Bréfritari: Marteinn Jónsson
Dagsetning: A-1899-01-22
Skrifað á: Vesturheimi

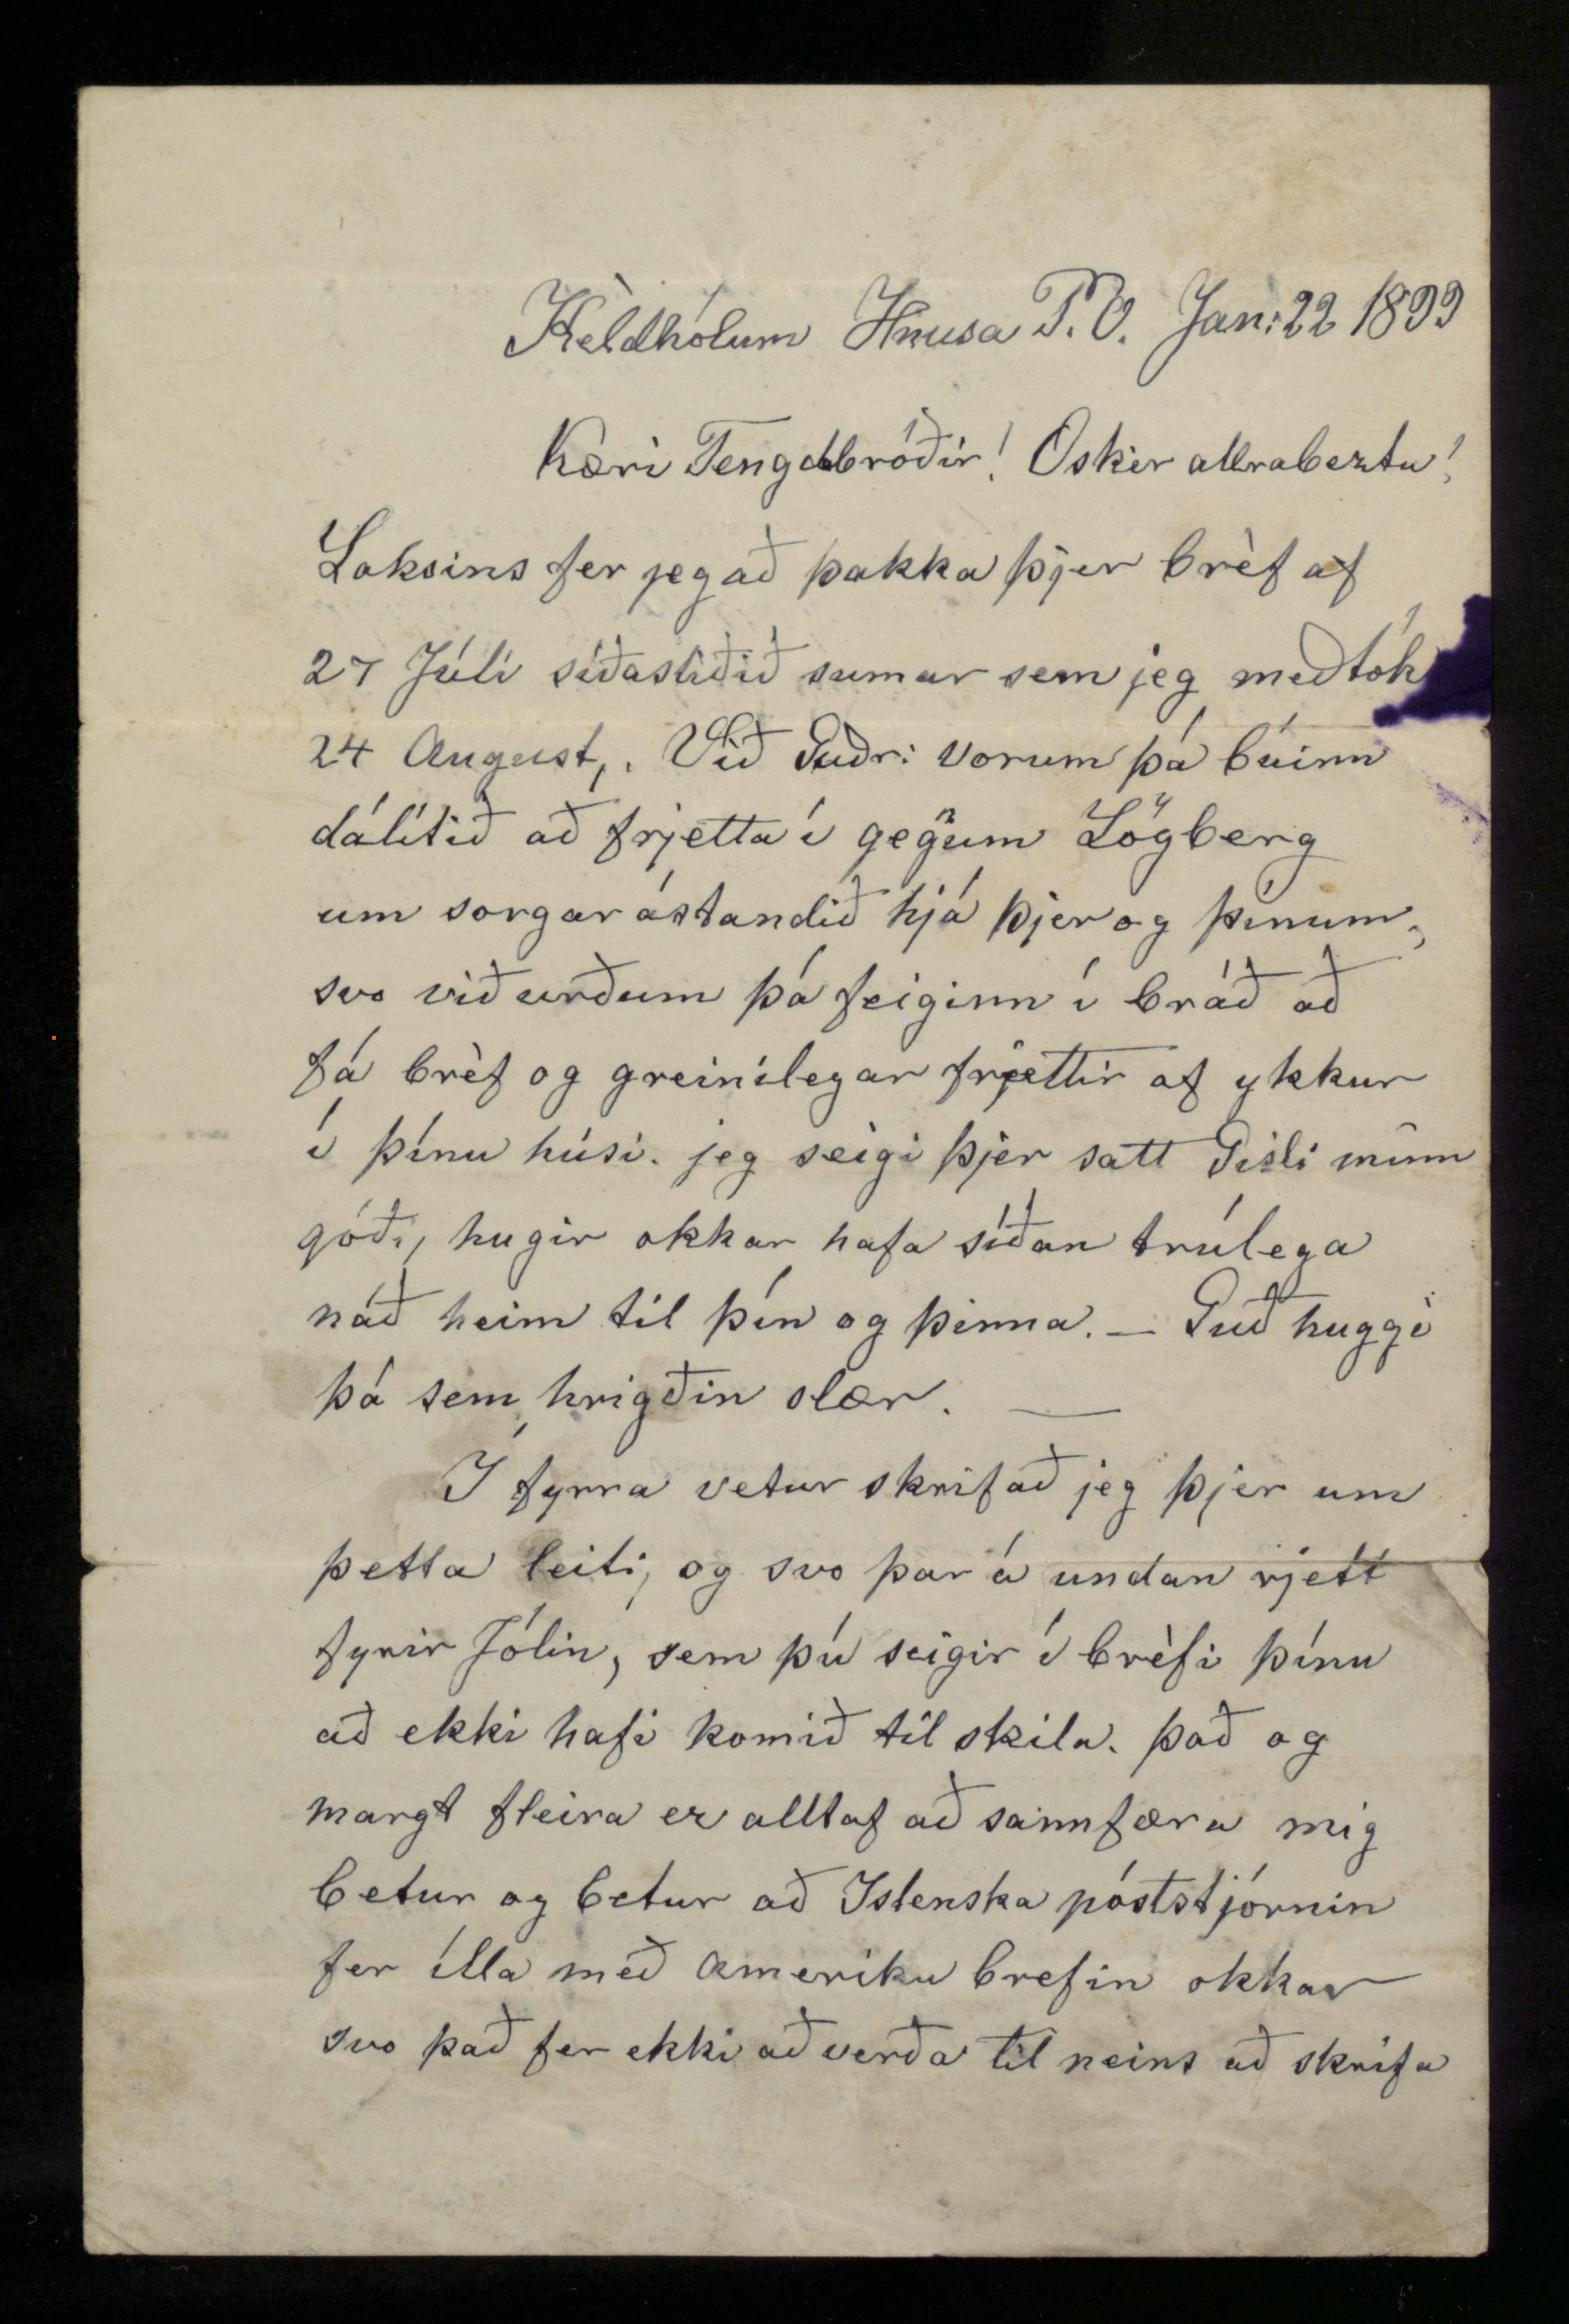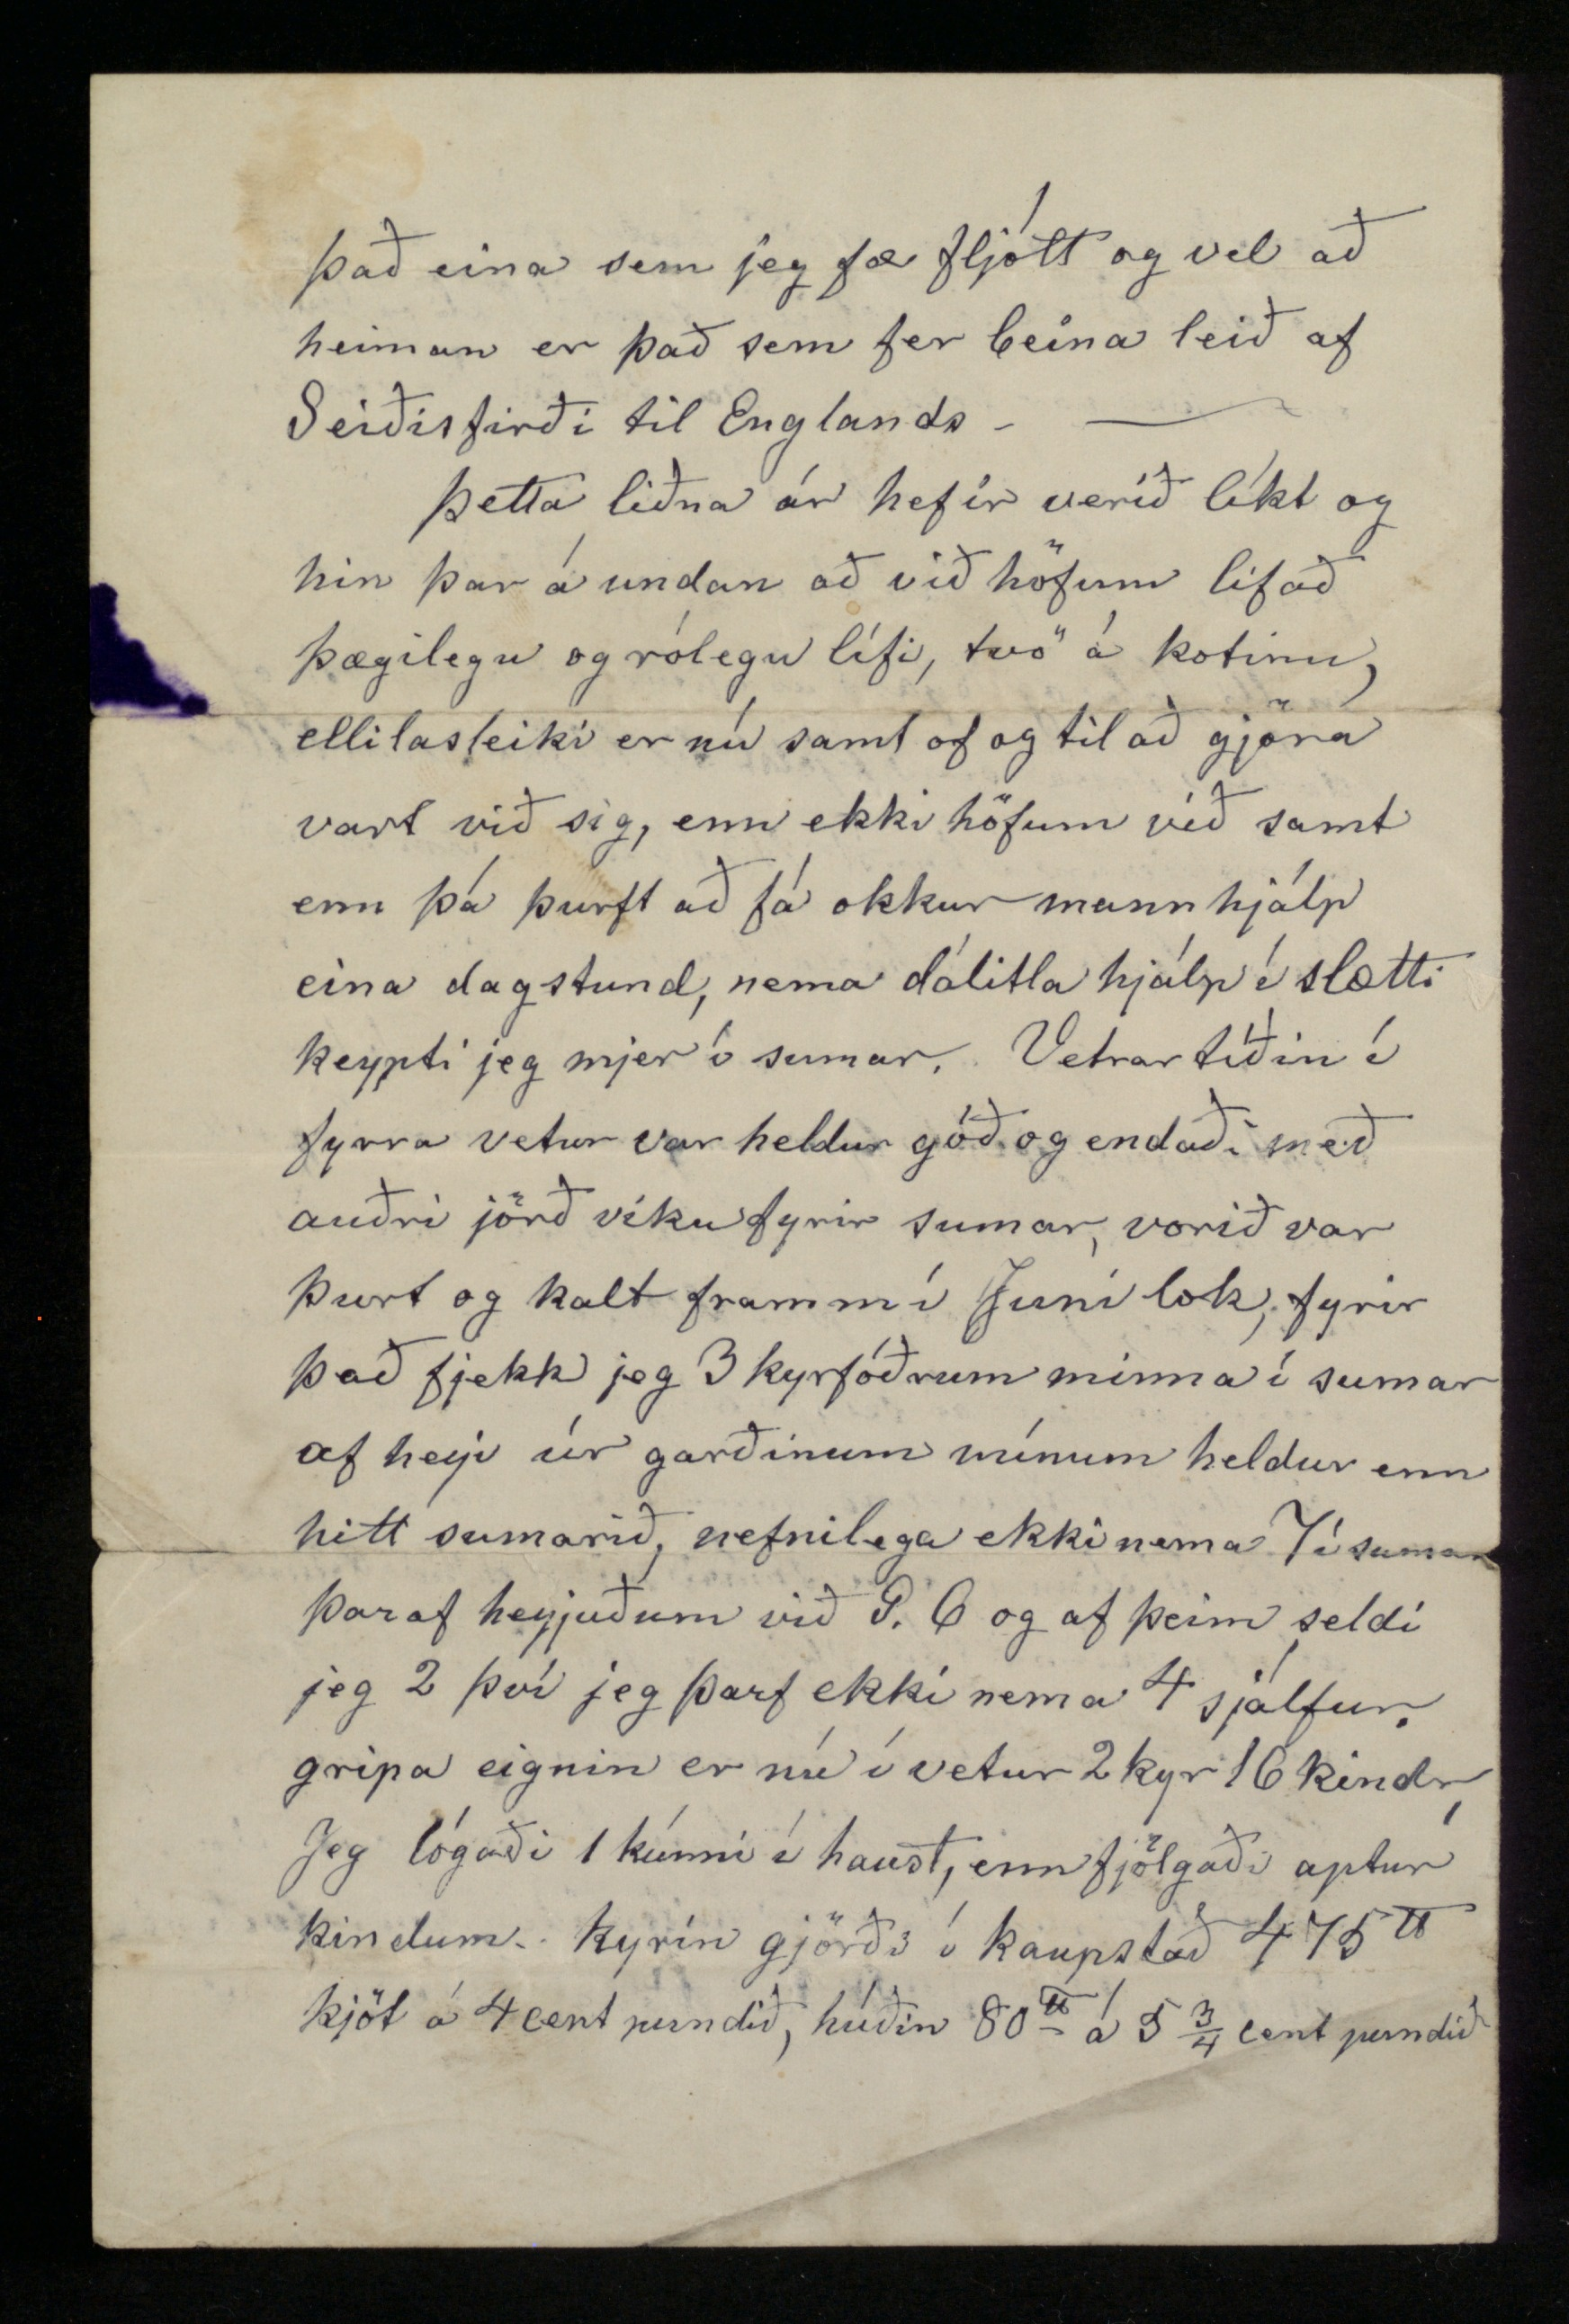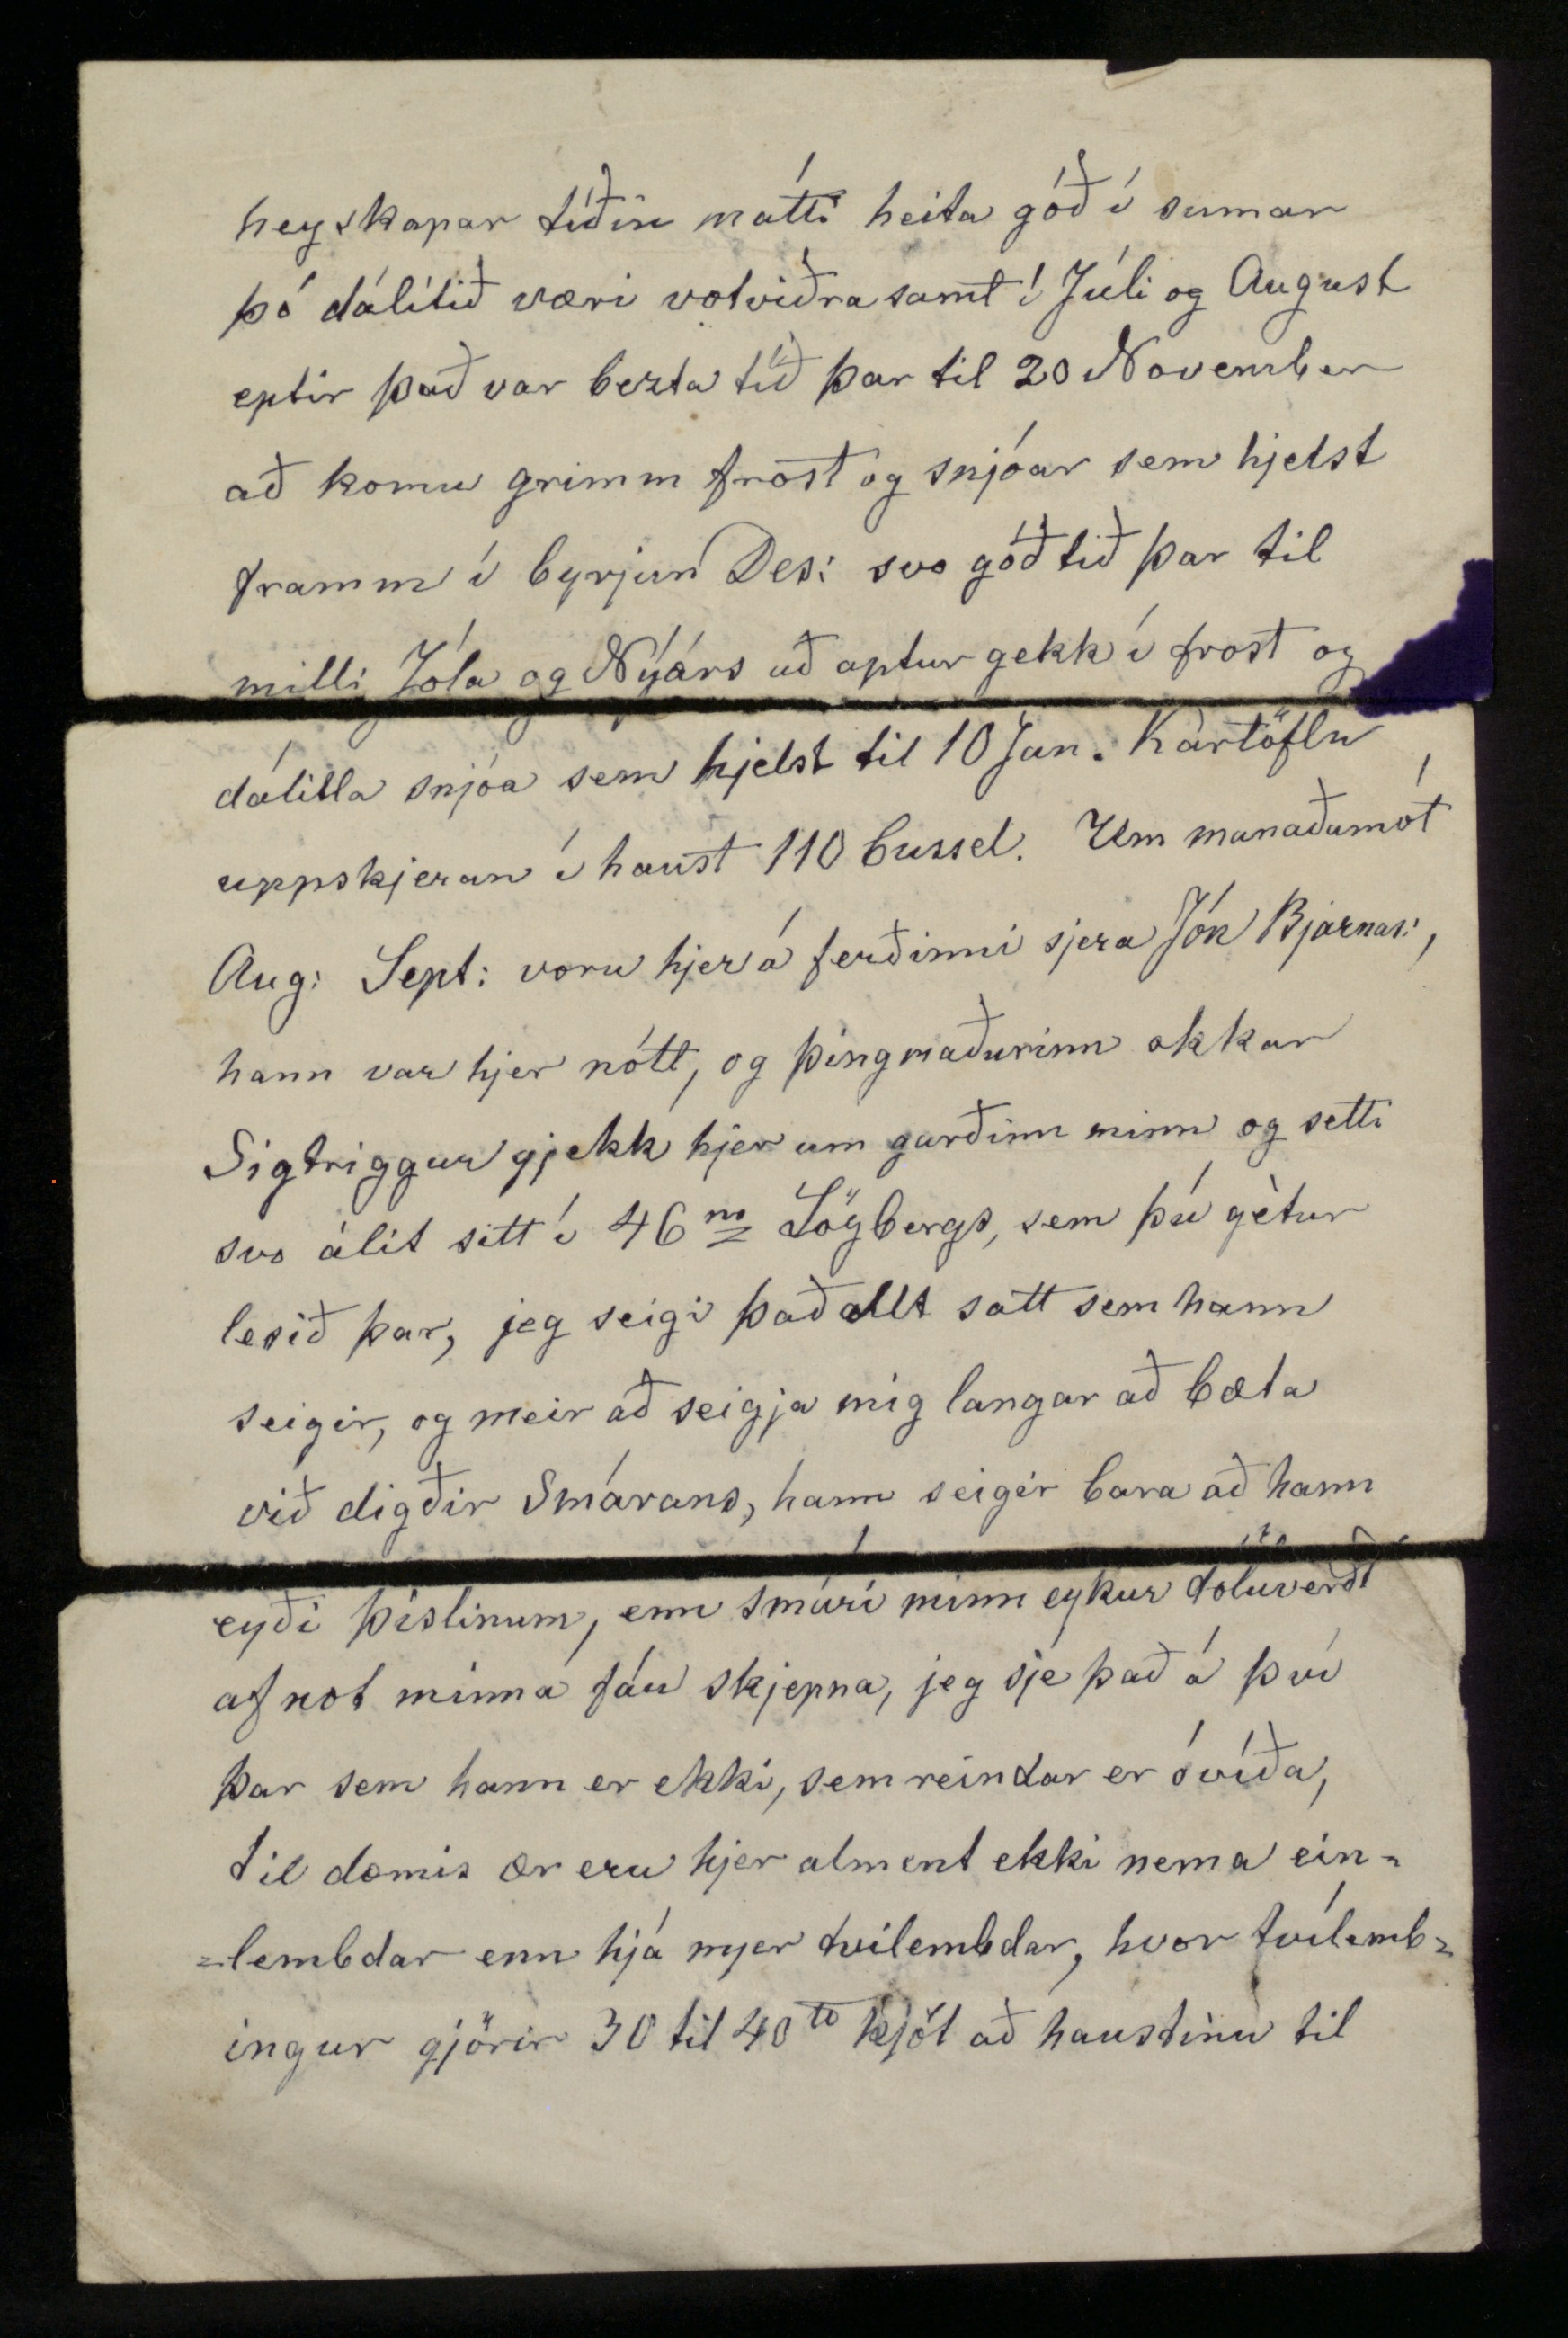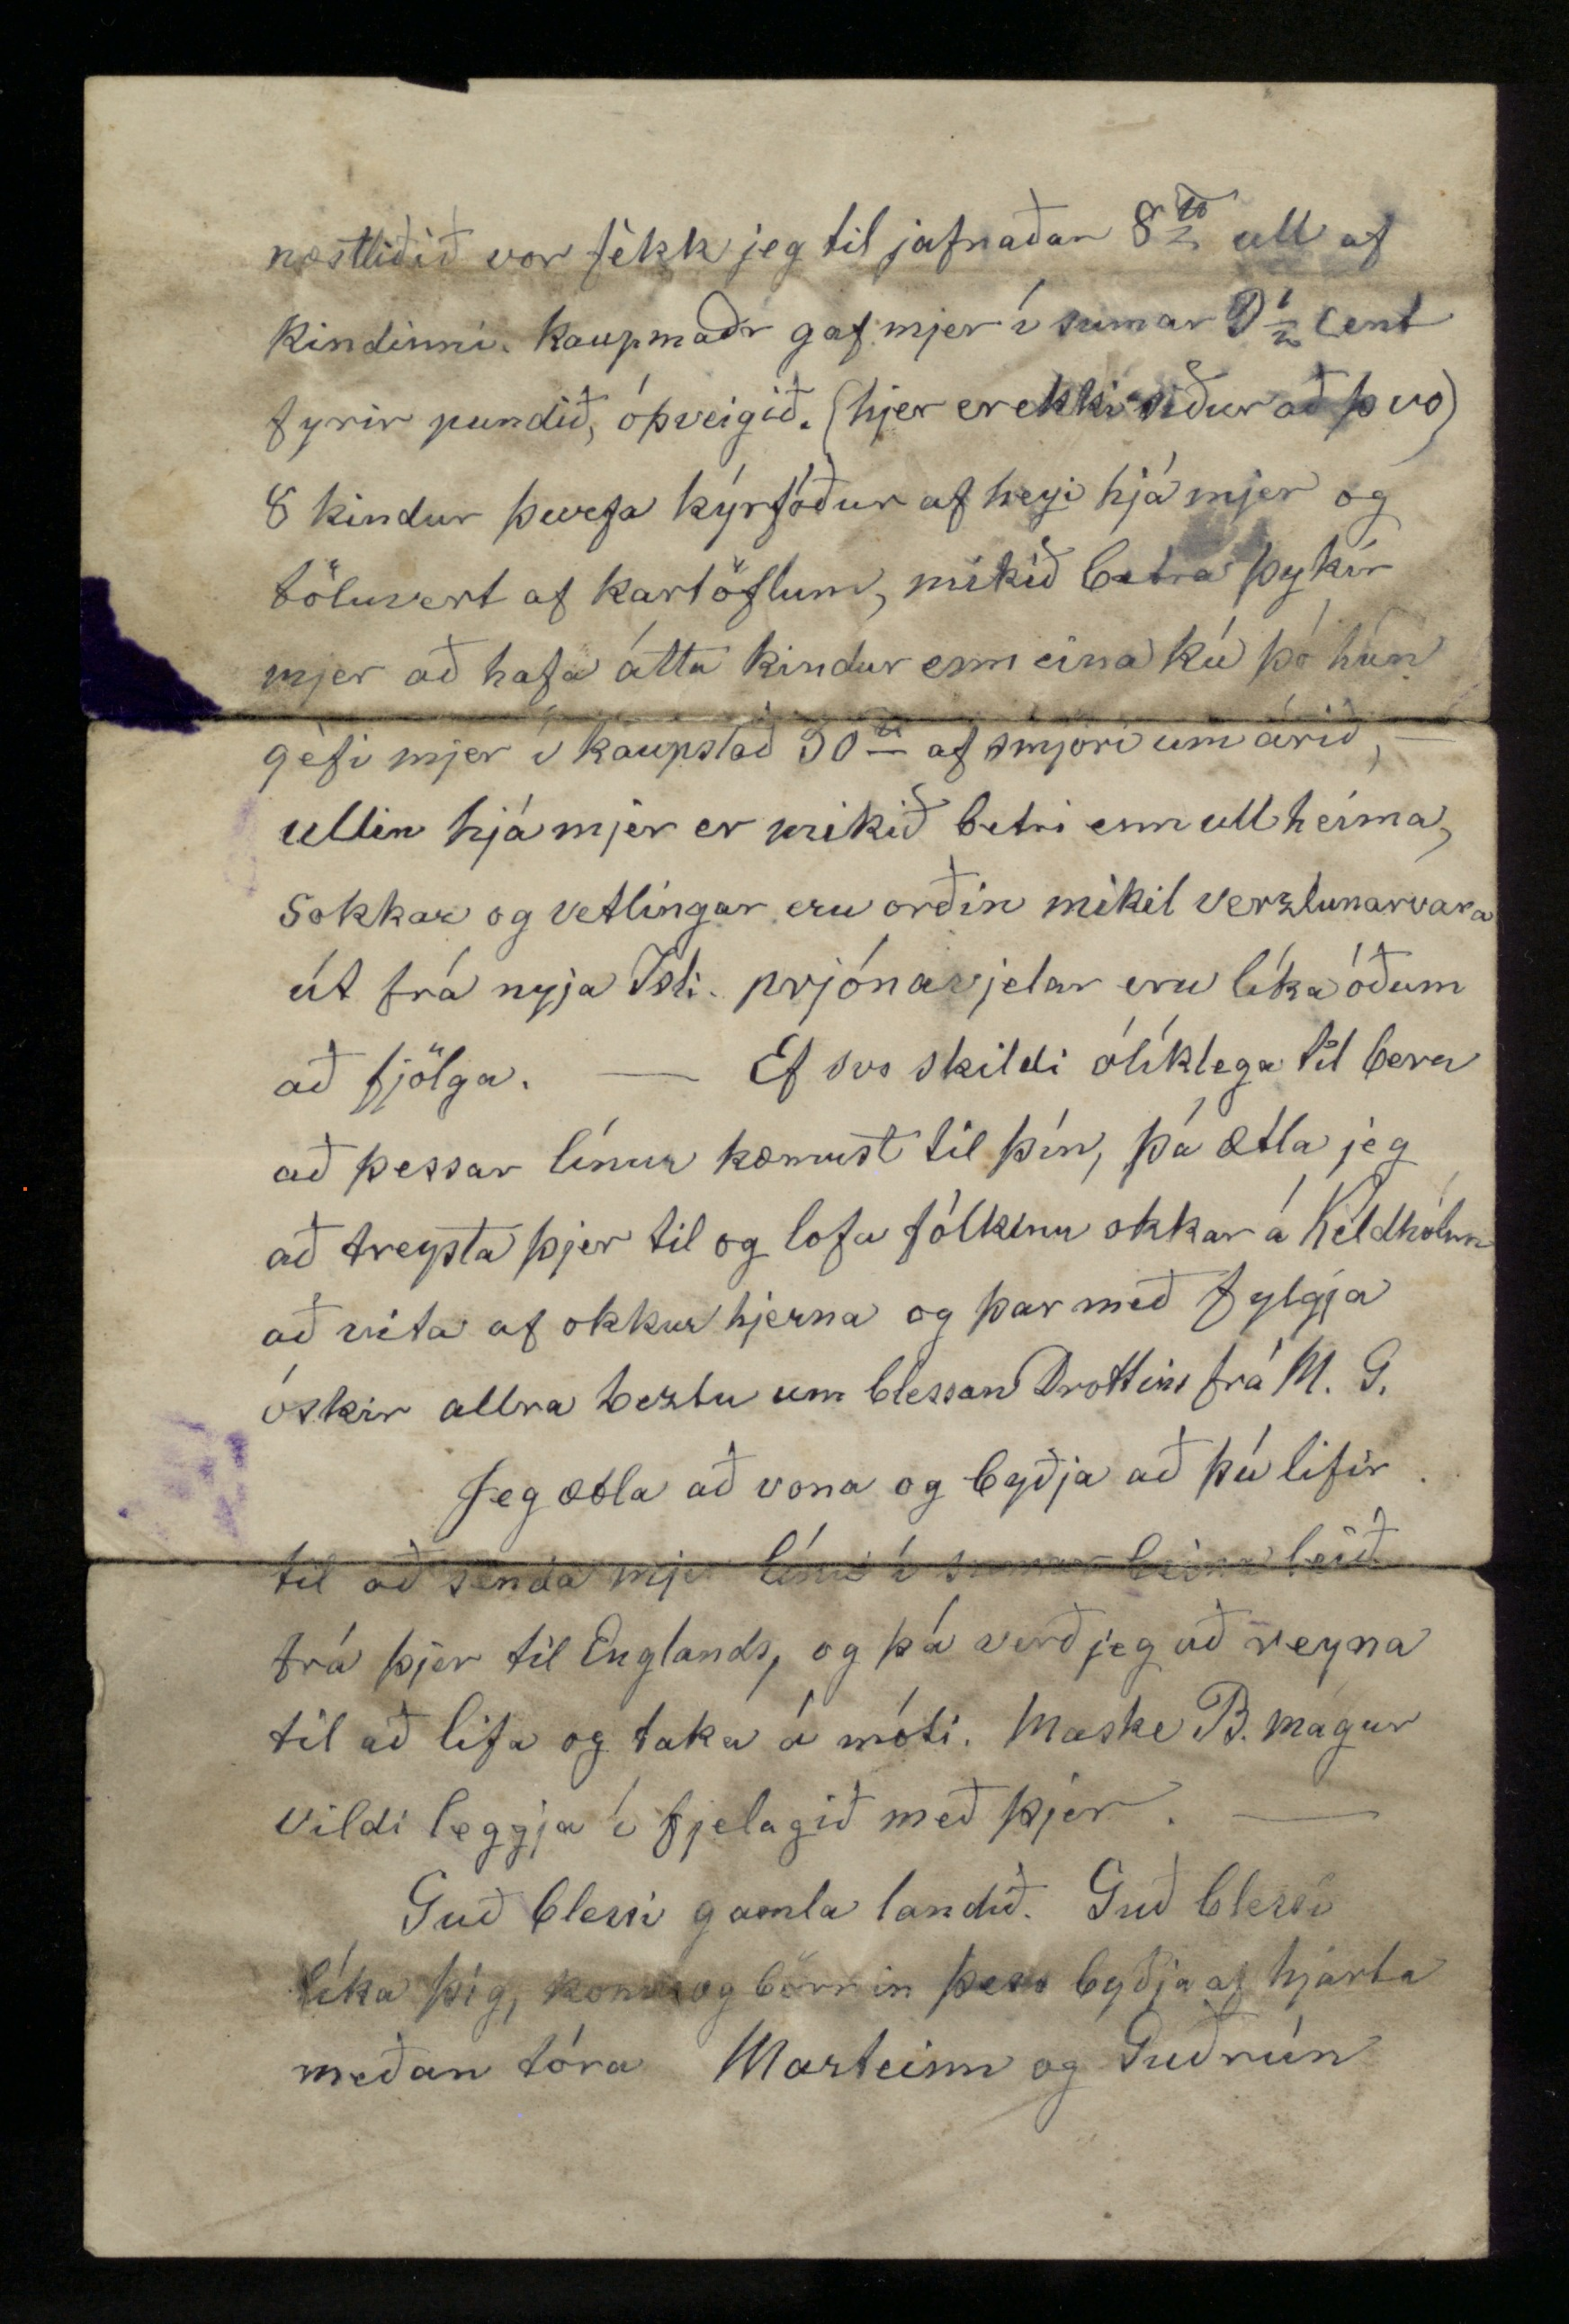

Kéldhólum Hnusa P.O. Jan:22 1899
Kæri Tengdabróðir! Oskir allrabeztu!
Loksins fer jeg að þakka þjer bréf af 27 Júlí síðastliðið sumar sem jeg meðtók 24 August. Við Guðr: vorum þá búinn dálítið að frjetta í gegnum Lögberg um sorgarástandið hjá þjer og þínum, svo við urðum þá feiginn í bráð að fá bréf og greinilegar frjettir af ykkur í þínu húsi. jeg seigi þjer satt Gísli minn góði, hugir okkar hafa síðan trúlega náð heim til þín og þinna. - Guð huggi þá sem hrigðin slær.-
Í fyrra vetur skrifaði jeg þjer um þetta leiti, og svo þar á undan rjett fyrir Jólin, sem þú seigir í bréfi þínu að ekki hafi komið til skila. það og margt fleira er alltaf að sannfæra mig betur og betur að Islenska póststjórnin ef ílla með Ameríku brefin okkar svo það fer ekki að verða til neins að skrifa
það eina sem jeg fæ fljótt og vel að heiman er það sem fer beina leið af Seiðisfirði til Englands.-
Þetta liðna ár hefir verið líkt og hin þar á undan að við höfum lifað þægilegu og rólegu lífi, tvö á kotinu, ellilasleiki er nú samt af og til að gjöra vart við sig, enn ekki höfum við samt enn þá þurft að fá okkur mannhjálp eina dagstund, nema dálitla hjálp í slætti keypti jeg mjer í sumar. Vetrartíðin í fyrra vetur var heldur góð og endaði með auðri jörð viku fyrir sumar, vorið var þurt og kalt framm í Juni lok, fyrir það fjekk jeg 3 kyrfóðrum minna í sumar af heyi úr garðinum mínum heldur enn hitt sumarið, nefnilega ekki nema 7 í sumar þar af heyjuðum við G. 6 og af þeim seldi jeg 2 því jeg þarf ekki nema 4 sjálfu. gripa eignin er nú í vetur 2 kyr 16 kindur, Jeg lógaði 1 kúnni í haust, enn fjölgaði aptur kindum. kyrin gjörði í 475
P
kjöt á 4 cent pundið, húðin 80
P
á 5 3/4 cent pundið
heyskapar tíðin mátti heita góð í sumar þó dálítið væri votviðrasamt í Júlí og August eptir það var bezta tíð þar til 20 November að komu grimm frost og snjóar sem hjelst framm í byrjun Des: svo góð tíð þar til milli Jóla og Nýárs að aptur gekk í frost og dálitla snjóa sem hjelst til 10 Jan. Kartöflu uppskjeran í haust 110 bussel. Um mánaðamót Aug: Sept: voru hjer á ferðinni sjera Jón Bjarnas:, hann var hjer nótt, og þingmaðurinn okkar Sigtriggur gjekk hjer um garðinn minn og setti svo álit sitt í 46
nr
Lögbergs, sem þú gétur lesið þar, jeg seigi það allt satt sem hann seigir, og meir að seigja mig langar að bæta við digðir Smárans, hann seigir bara að hann eyði þislinum, enn smári minn eykur töluverdt af not minna fáu skjepna, jeg sje það á því þar sem hann er ekki, sem reindar er óvíða, til dæmis ær eru hjer alment ekki nema einlembdar enn hjá mjer tvílembdar, hver tvílembingur gjörir 30 til 40
P
kjöt að haustinu til
næstliðið vor fjekk jeg til jafnaðar 8
P
ull af kindinni. Kaupmaðr gaf mjer í sumar 9 1/2 Cent fyrir pundið, óþveigið. (hjer er ekki siður að þvo) 8 kindur þurfa kýrfóður af heyi hjá mjer og töluvert af kartöflum, mikið betra þykir mjer að hafa átta kindur enn eina kú þó hún géfi mjer í kaupstað 30
P
af smjöri um árið, - ullin hjá mjer er mikið betri enn ull heima, sokkar og vetlingar eru orðin mikil verzlunarvara út frá nyja Isl: prjónavjelar eru líka óðum að fjölga. - Ef svo skildi ólíklega til bera að þessar línur kæmust til þín, þá ætla jeg að treysta þjer til og lofa fólkinu okkar á Keldhólum að vita af okkur hjerna og þar með fylgja óskir allra beztu um blessan Drottins frá M. G.
Jeg ætla að vona og byðja að þú lifir til að senda mjer línu í sumar beina leið frá þjer til Englands, og þá verð jeg að reyna til að lifa og taka á móti. Maske B. mágur vildi leggja í fjelagið með þjer.-
Guð blessi gamla landið. Guð blessi líka þig,
konu
og börnin þess byðja af hjarta meðan tóra
Marteinn og Guðrún